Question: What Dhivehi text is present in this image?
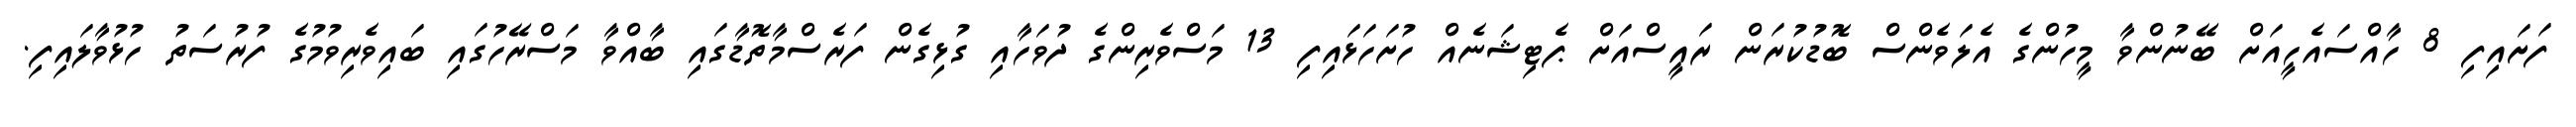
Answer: ފަށައިފި 8 ހާއްސައެހީއަށް ބޭނުންވާ މީހުންގެ އެލަވެންސް ބޮޑުކުރަން ރައީސްއަށް ޕެޓިޝަނެއް ހުށަހަޅައިފި 13 މަސްވެރިންގެ ދުވަހާއި ގުޅިގެން ފަރެސްމާތޮޑާގައި ބާއްވާ މަސްރޭހުގައި ބައިވެރިވުމުގެ ފުރުސަތު ހުޅުވާލައިފި.